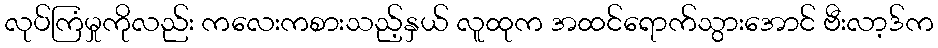
လုပ်ကြံမှုကိုလည်း ကလေးကစားသည့်နှယ် လူထုက အထင်ရောက်သွားအောင် ဗီးလာ့ဒ်က